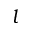
l